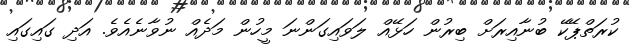
ކުރަތްޕޭކޭ ބުނާއިރަށް ބިރުން ހަޅޭއް ލަވައިގަންނަ މީހުން މަދެއް ނުވާނެއެވެ. އަދި ގައިގައި